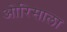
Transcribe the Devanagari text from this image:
ओरिसाला